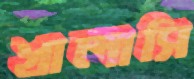
খালাসি